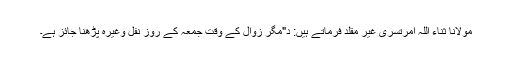
مولانا ثناء اللہ امرتسری غیر مقلد فرماتے ہیں: د"مگر زوال کے وقت جمعہ کے روز نفل وغیرہ پڑھنا جائز ہے۔